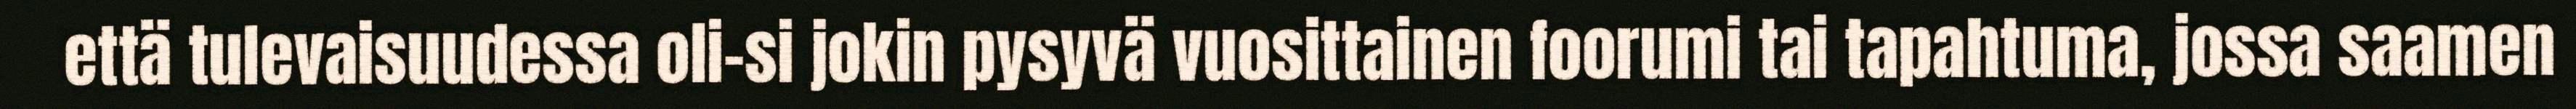
että tulevaisuudessa oli-si jokin pysyvä vuosittainen foorumi tai tapahtuma, jossa saamen